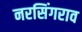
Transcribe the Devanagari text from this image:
नरसिंगराव